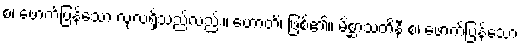
စ၊ ဖောက်ပြန်သော လုံ့လရှိသည်လည်း။ ဟောတိ၊ ဖြစ်၏။ မိစ္ဆာသတိနီ စ၊ ဖောက်ပြန်သော